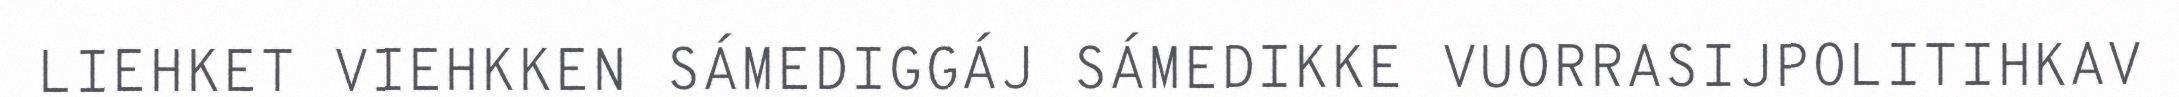
LIEHKET VIEHKKEN SÁMEDIGGÁJ SÁMEDIKKE VUORRASIJPOLITIHKAV